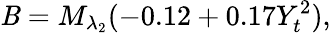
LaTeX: \mathit{B}=M_{\lambda_{2}}(-0.12+0.17Y_{t}^{2}),